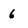
Character: 6